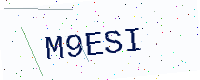
Text: M9ESI